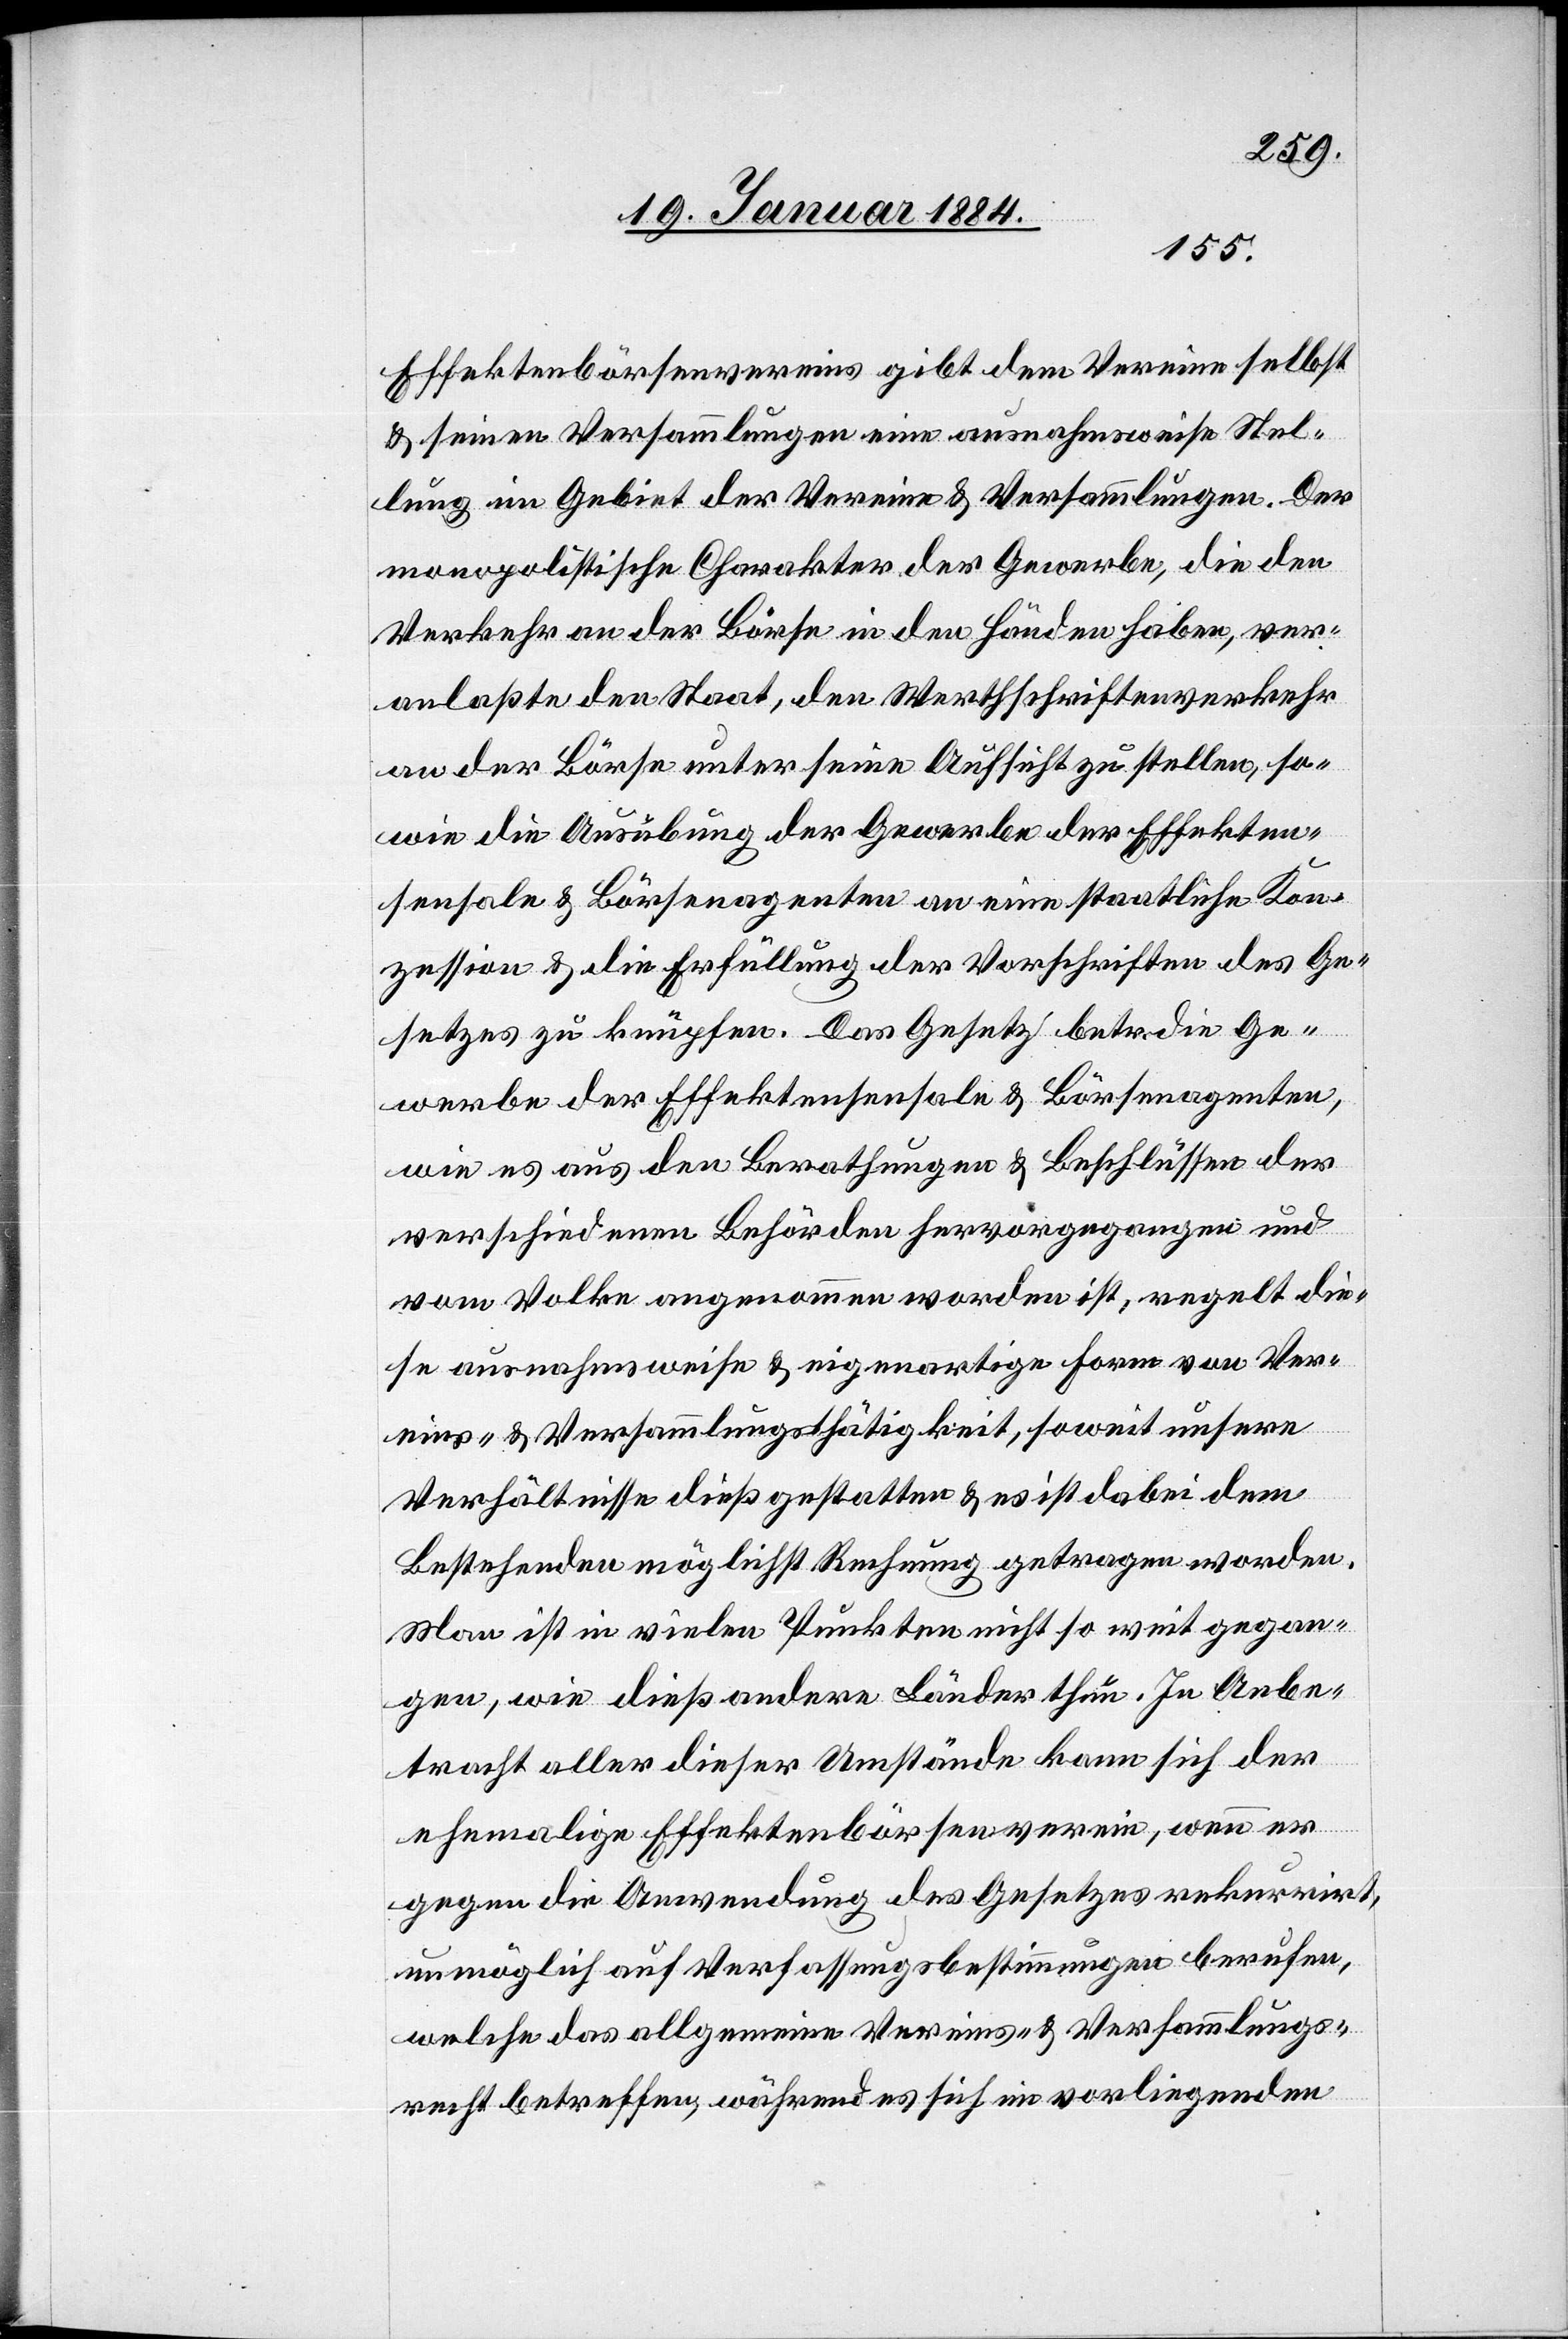
Effektenbörsenvereins gibt dem Verein selbst
& seinen Versammlungen eine ausnahmsweise Stel¬
lung im Gebiet der Vereine & Versammlungen. Der
monopolitische Charakter der Gewerbe, die den
Verkehr an der Börse in den Händen haben, ver¬
anlaßte den Staat, den Werthschriftenverkehr
an der Börse unter seine Aufsicht zu stellen, so¬
wie die Ausübung der Gewerbe der Effekten¬
sensale & Börsenagenten an eine staatliche Kon¬
zession & die Erfüllung der Vorschriften des Ge¬
setzes zu knüpfen. Das Gesetz betr. die Ge¬
werbe der Effektensensale & Börsenagenten,
wie es aus den Berathungen & Beschlüssen der
verschiedenen Behörden hervorgegangen und
vom Volke angenommen worden ist, regelt die¬
se ausnahmsweise & eigenartige Form von Ver¬
eins- & Versammlungsthätigkeiten, soweit unsere
Verhältnisse dieß gestatten & es ist dabei dem
Bestehenden möglichst Rechnung getragen worden.
Man ist in vielen Punkten nicht so weit gegan¬
gen, wie dieß andere Länder thun. In Anbe¬
tracht aller dieser Umstände kann sich der
ehemalige Effektenbörsenverein, wenn er
gegen die Anwendung des Gesetzes rekurrirt,
unmöglich auf Verfassungsbestimmungen berufen,
welche das allgemeine Vereins- & Versammlungs¬
recht betreffen, während es sich in vorliegendem